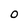
Character: 0